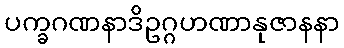
ပက္ခဂဏနာဒိဥဂ္ဂဟဏာနုဇာနနာ